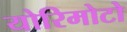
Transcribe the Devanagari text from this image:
योरिमोटो